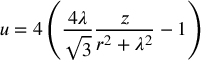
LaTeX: u = 4 \left( { \frac { 4 \lambda } { \sqrt { 3 } } } { \frac { z } { r ^ { 2 } + \lambda ^ { 2 } } } - 1 \right)